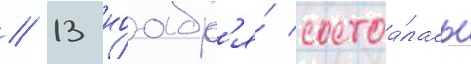
// 13 ноабр'я́ состоа́лась